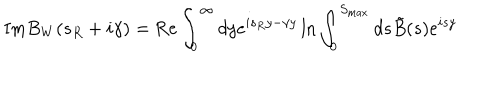
LaTeX: \mathrm { I m } B _ { W } ( s _ { R } + i \gamma ) = \mathrm { R e } \int _ { 0 } ^ { \infty } d y e ^ { i s _ { R } y - \gamma y } \ln { \int _ { 0 } ^ { S _ { \mathrm { m a x } } } d s \tilde { B } ( s ) e ^ { i s y } }